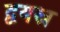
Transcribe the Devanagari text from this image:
द्वयस्र